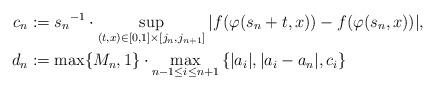
LaTeX: \begin{align*}c_n&:= {s_n}^{-1} \cdot\sup_{(t,x) \in [0,1] \times [j_n,j_{n+1}]}|f(\varphi (s_n+t,x))-f(\varphi (s_n,x))|, \\d_n&:= \max\{M_n,1\} \cdot \max_{n-1 \leq i \leq n +1} \left\{|a_{i}|, |a_{i}-a_n|, c_i \right\} \end{align*}